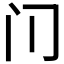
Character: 𰿥